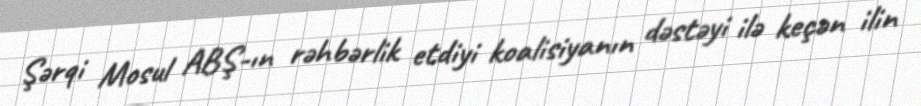
Şərqi Mosul ABŞ-ın rəhbərlik etdiyi koalisiyanın dəstəyi ilə keçən ilin